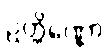
ဥတ္တိဏ္ဏော